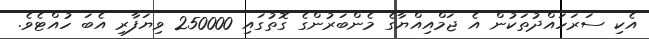
އެކި ސަރަހައްދުތަކުން އެ ޖަމްއިއްޔާގެ މެންބަރުންގެ ގޮތުގައި 250000 ވިޔަފާރި އެބަ ހުއްޓެވެ.